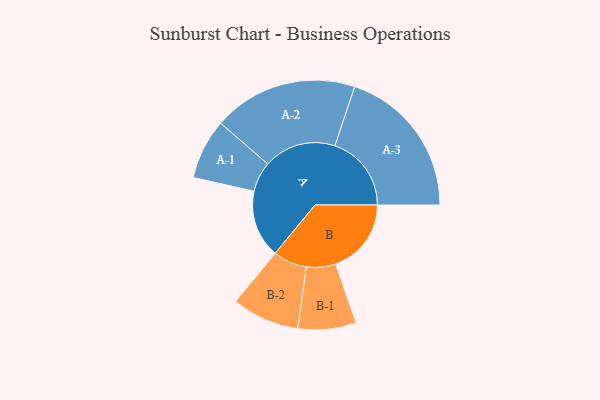
{"axis": {"x": "Segment", "y": "Value"}, "legend": ["", "A", "B"], "data": [{"x": "A", "y": 263, "type": ""}, {"x": "B", "y": 294, "type": ""}, {"x": "A-1", "y": 117, "type": "A"}, {"x": "A-2", "y": 281, "type": "A"}, {"x": "A-3", "y": 297, "type": "A"}, {"x": "B-1", "y": 113, "type": "B"}, {"x": "B-2", "y": 131, "type": "B"}]}